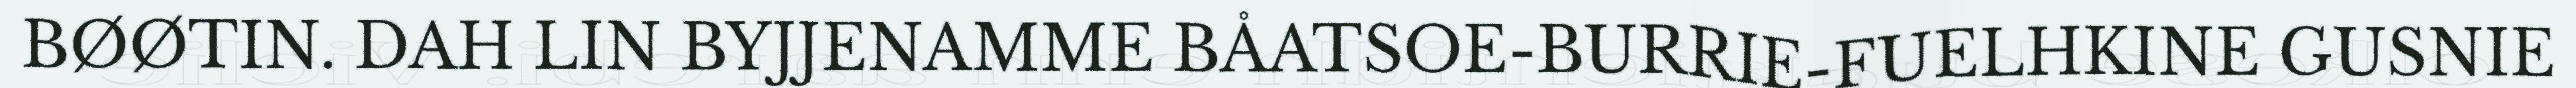
BØØTIN. DAH LIN BYJJENAMME BÅATSOE-BURRIE-FUELHKINE GUSNIE